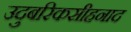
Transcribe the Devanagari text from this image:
उदुबरिकसीहनाद